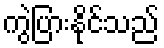
ကွဲပြားနိုင်သည်